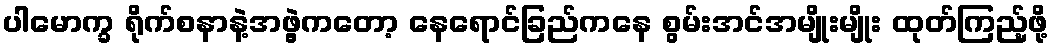
ပါမောက္ခ ရိုက်စနာနဲ့အဖွဲ့ကတော့ နေရောင်ခြည်ကနေ စွမ်းအင်အမျိုးမျိုး ထုတ်ကြည့်ဖို့